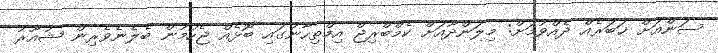
ސަންއަށް ޚަބަރެއް ދެއްވުމަށް: މިލަންދޫއަށް ކެމްބްރިޖް އިމްތިހާނުގައި ބޮޅެއް ޖެހުމުން ބެލެނެވެރިން ޝުއޫރު